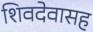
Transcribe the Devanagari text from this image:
शिवदेवासह